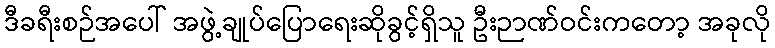
ဒီခရီးစဉ်အပေါ် အဖွဲ့ချုပ်ပြောရေးဆိုခွင့်ရှိသူ ဦးဉာဏ်ဝင်းကတော့ အခုလို